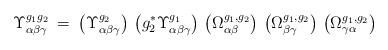
LaTeX: \begin{align*}\Upsilon^{g_1 g_2}_{\alpha \beta \gamma} \: = \:\left( \Upsilon^{g_2}_{\alpha \beta \gamma} \right) \,\left( g_2^* \Upsilon^{g_1}_{\alpha \beta \gamma} \right) \,\left( \Omega^{g_1, g_2}_{\alpha \beta} \right) \,\left( \Omega^{g_1, g_2}_{\beta \gamma} \right) \,\left( \Omega^{g_1, g_2}_{\gamma \alpha} \right)\end{align*}